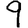
Digit: 9